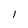
Character: I